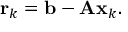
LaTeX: \mathbf { r } _ { k } = \mathbf { b } - \mathbf { A x } _ { k } .